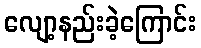
လျော့နည်းခဲ့ကြောင်း